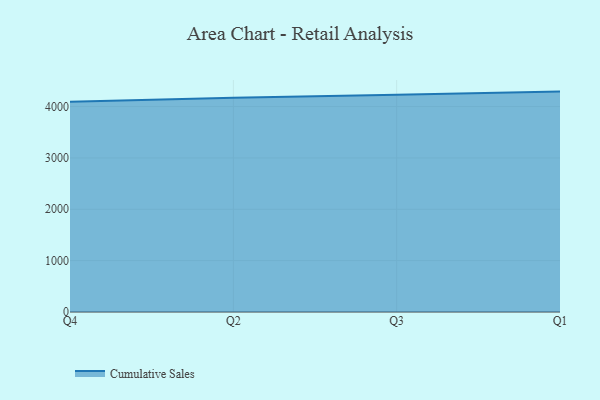
{"axis": {"x": "Quarter", "y": "Conversion Rate (%)"}, "legend": ["Cumulative Sales"], "data": [{"x": "Q4", "y": 4095.3, "type": "Cumulative Sales"}, {"x": "Q2", "y": 4170.9, "type": "Cumulative Sales"}, {"x": "Q3", "y": 4231.6, "type": "Cumulative Sales"}, {"x": "Q1", "y": 4291.5, "type": "Cumulative Sales"}]}